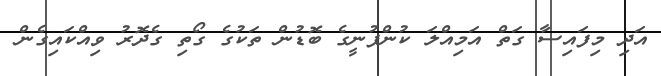
އަދި މިފައިސާ ގަތް އަމިއްލަ ކުންފުނީގެ ބޮޑުން ތަކުގެ ގޯތި ގެދޮރު ވިއްކައިގެން